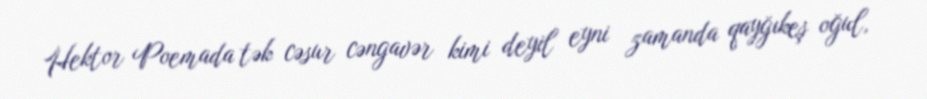
Hektor Poemada tək cəsur cəngavər kimi deyil eyni zamanda qayğıkeş oğul,